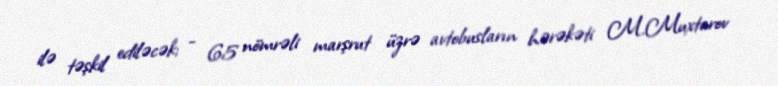
ilə təşkil ediləcək; - 65 nömrəli marşrut üzrə avtobusların hərəkəti M.Muxtarov